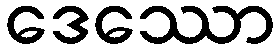
ဒေဿော